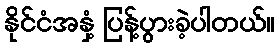
နိုင်ငံအနှံ့ ပြန့်ပွားခဲ့ပါတယ်။